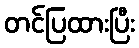
တင်ပြထားပြီး